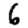
Digit: 6